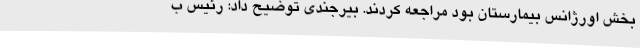
بخش اورژانس بیمارستان بود مراجعه کردند. بیرجندی توضیح داد: رئیس ب